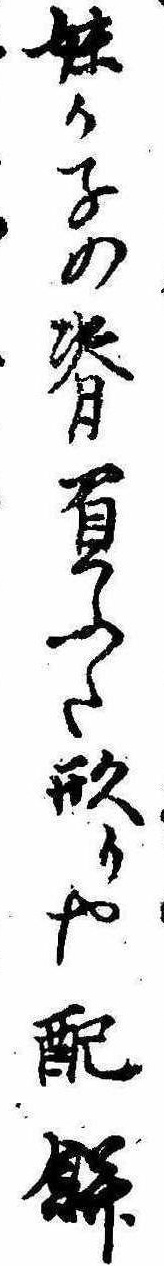
妹か子の背負ふた形りや配餅